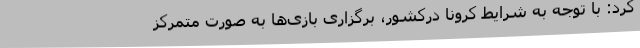
کرد: با توجه به شرایط کرونا درکشور، برگزاری بازی‌ها به صورت متمرکز